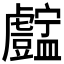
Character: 𧈚